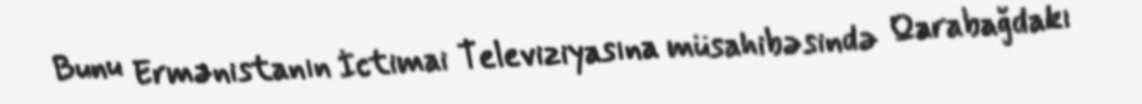
Bunu Ermənistanın İctimai Televiziyasına müsahibəsində Qarabağdakı